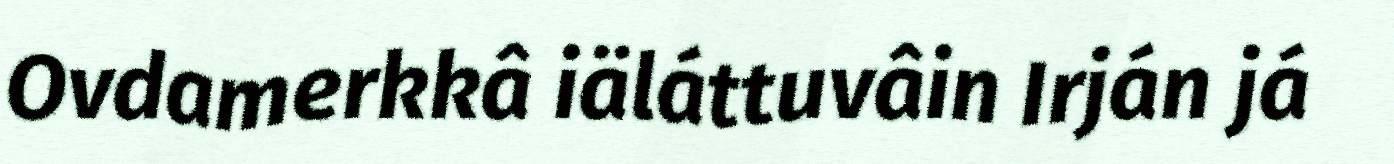
Ovdamerkkâ iäláttuvâin Irján já